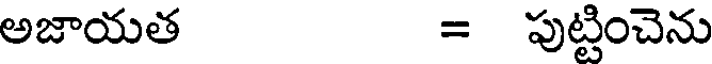
అజాయత = పుట్టించెను